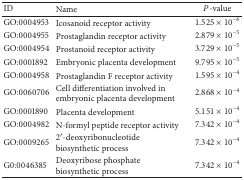
<table><thead><tr><td><b>ID</b></td><td><b>Name</b></td><td><b><i>P</i>-value</b></td></tr></thead><tbody><tr><td>GO:0004953</td><td>Icosanoid receptor activity</td><td>1.525 × 10<sup>−6</sup></td></tr><tr><td>GO:0004955</td><td>Prostaglandin receptor activity</td><td>2.879 × 10<sup>−5</sup></td></tr><tr><td>GO:0004954</td><td>Prostanoid receptor activity</td><td>3.729 × 10<sup>−5</sup></td></tr><tr><td>GO:0001892</td><td>Embryonic placenta development</td><td>9.795 × 10<sup>−5</sup></td></tr><tr><td>GO:0004958</td><td>Prostaglandin F receptor activity</td><td>1.595 × 10<sup>−4</sup></td></tr><tr><td>GO:0060706</td><td>Cell differentiation involved in embryonic placenta development</td><td>2.868 × 10<sup>−4</sup></td></tr><tr><td>GO:0001890</td><td>Placenta development</td><td>5.151 × 10<sup>−4</sup></td></tr><tr><td>GO:0004982</td><td>N-formyl peptide receptor activity</td><td>7.342 × 10<sup>−4</sup></td></tr><tr><td>GO:0009265</td><td>2′-deoxyribonucleotide biosynthetic process</td><td>7.342 × 10<sup>−4</sup></td></tr><tr><td>G0:0046385</td><td>Deoxyribose phosphate biosynthetic process</td><td>7.342 × 10<sup>−4</sup></td></tr></tbody></table>